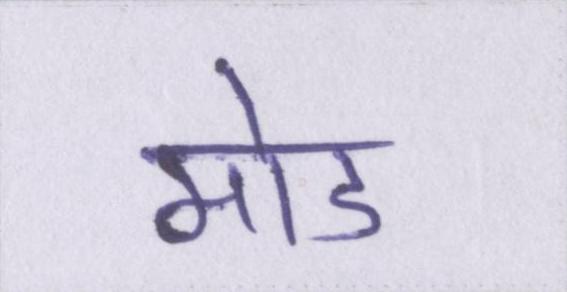
मोड